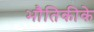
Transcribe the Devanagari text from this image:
भौतिकीके